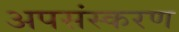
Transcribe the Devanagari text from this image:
अपसंस्करण